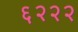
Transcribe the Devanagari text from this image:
६२२२